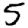
Digit: 5